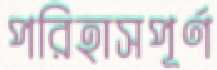
পরিহাসপূর্ণ